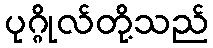
ပုဂ္ဂိုလ်တို့သည်